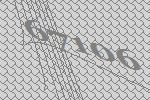
67106